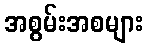
အစွမ်းအစများ